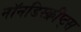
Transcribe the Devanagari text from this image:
नॉनडिस्क्रीप्ट्स